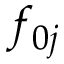
f _ { 0 j }